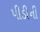
પીડીની